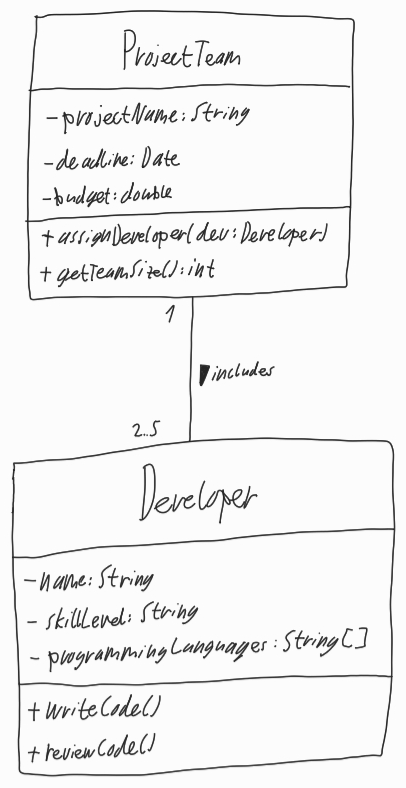
Diagram type: class_diagram
```plantuml
@startuml

class ProjectTeam {
  - projectName: String
  - deadline: Date
  - budget: double
  + assignDeveloper(dev: Developer)
  + getTeamSize(): int
}

class Developer {
  - name: String
  - skillLevel: String
  - programmingLanguages: String[]
  + writeCode()
  + reviewCode()
}

ProjectTeam "1" -- "2..5" Developer : includes >

@enduml
```